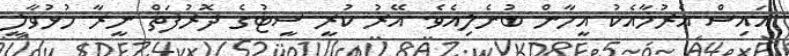
އައިސް އެރުމާއެކު އީހާން ބުނެލިއެވެ. އޭރު ކުރީ ސީޓުގެ ދޮރުފަތް ނީރާ ހުޅުވާލީ